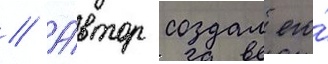
// А́втор создал его́